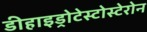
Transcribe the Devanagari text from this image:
डीहाइड्रोटेस्टोस्टेरोन